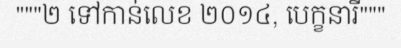
"""២ ទៅកាន់លេខ ២០១៤, បេក្ខនារី"""